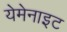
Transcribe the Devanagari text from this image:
येमेनाइट